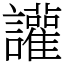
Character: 讙